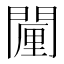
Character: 𮤗